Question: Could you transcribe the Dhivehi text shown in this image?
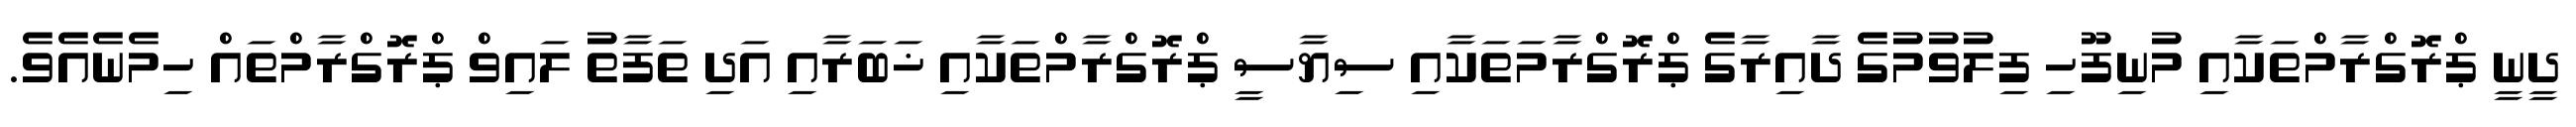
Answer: ދީނީ ޕްރޮގްރާމްތަކާއި މުނިފޫހި ފިލުވުމުގެ ދާއިރާގެ ޕްރޮގްރާމަތަކާއި ސިޔާސީ ޕްރޮގްރާމްތަކާއި ޚަބަރާއި އަދި ތަފާތު ލައިވް ޕްރޮގްރާމްތައް ހިމެނެއެވެ.